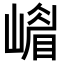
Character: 𡼴